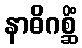
နာဓိဂစ္ဆိံ